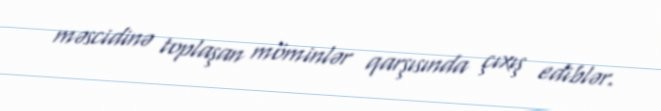
məscidinə toplaşan möminlər qarşısında çıxış ediblər.